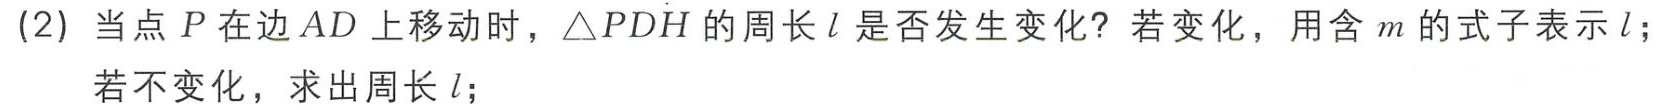
(2) 当点 \(P\) 在边 \(AD\) 上移动时，\(\triangle PDH\) 的周长 \(l\) 是否发生变化？若变化，用含 \(m\) 的式子表示 \(l\)；若不变化，求出周长 \(l\)；